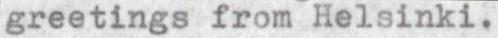
greetings from Helsinki.